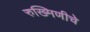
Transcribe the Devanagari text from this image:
रुख्मिणीचे